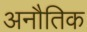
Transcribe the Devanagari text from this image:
अनौतिक